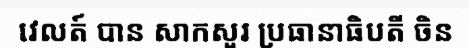
វេលត៍ បាន សាកសួរ ប្រធានាធិបតី ចិន